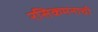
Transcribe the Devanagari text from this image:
रसिकमनाची